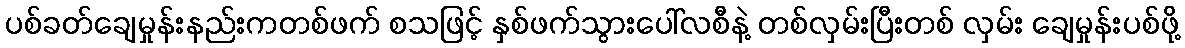
ပစ်ခတ်ချေမှုန်းနည်းကတစ်ဖက် စသဖြင့် နှစ်ဖက်သွားပေါ်လစီနဲ့ တစ်လှမ်းပြီးတစ် လှမ်း ချေမှုန်းပစ်ဖို့